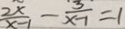
\frac { 2 x } { x - 1 } - \frac { 3 } { x - 1 } = 1